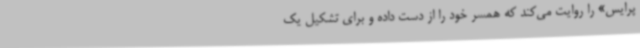
پرایس» را روایت می‌کند که همسر خود را از دست داده و برای تشکیل یک